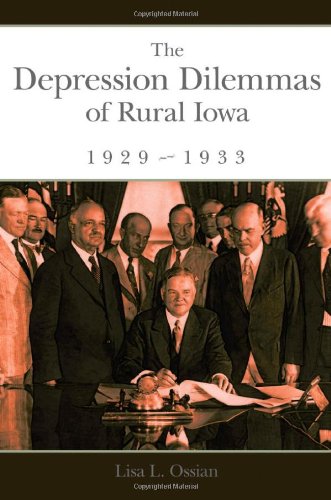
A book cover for The Depression Dilemmas of Rural Iowa, 1929-1933; Lisa L. Ossian; Politics & Social Sciences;